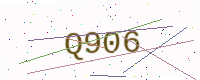
Text: Q906